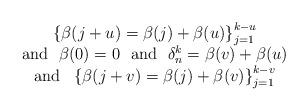
LaTeX: \begin{align*} \begin{array}{c} \left \{\beta(j+u)= \beta(j)+\beta(u) \right \}_{j=1}^{k-u}\\ \mbox{and} \ \ \beta(0)=0 \ \ \mbox{and} \ \ \delta_{n}^k=\beta(v)+\beta(u) \\ \mbox{and} \ \ \left \{\beta(j+v) = \beta(j) + \beta(v) \right \}_{j=1}^{k-v} \end{array} \end{align*}